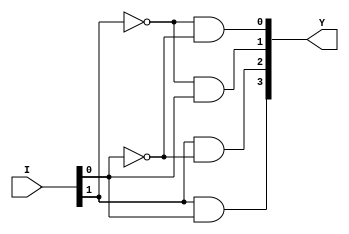
module decoder_2x4_df(Y,I);

output [3:0]Y;
input [1:0]I;

assign Y[0]=(~I[1])&(~I[0]);
assign Y[1]=(~I[1])&( I[0]);
assign Y[2]=( I[1])&(~I[0]);
assign Y[3]=( I[1])&( I[0]); 

endmodule